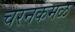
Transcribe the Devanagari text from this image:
चरनकमळ